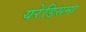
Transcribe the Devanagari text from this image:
यरेडिसमा